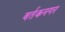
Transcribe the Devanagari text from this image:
वर्तकनगर